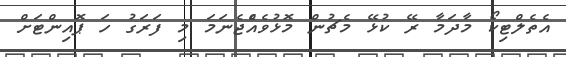
އެތެލްޓިކޯ މާދަމާ ރޭ ކުޅޭ މެޗުން މޮޅުވެއްެޖެނަމަ މި ފަރަގު ހަ ޕޮއިންޓަށް